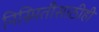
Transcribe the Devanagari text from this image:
निस्र्मितीसाठीही